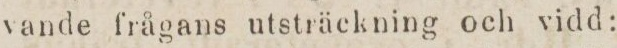
vande frågans utsträckning och vidd: